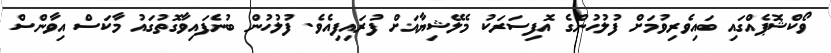
ވޯކްޝޮޕެއްގައި ބައިވެރިވުމަށް ފުލުހުންގެ އޮފިސަރަކު މެލޭޝިޔާއަށް ފުރައިފިއެވެ. ފުލުހުން ބުނެފައިވާގޮތުގައު މާކަސް އިވާންސް